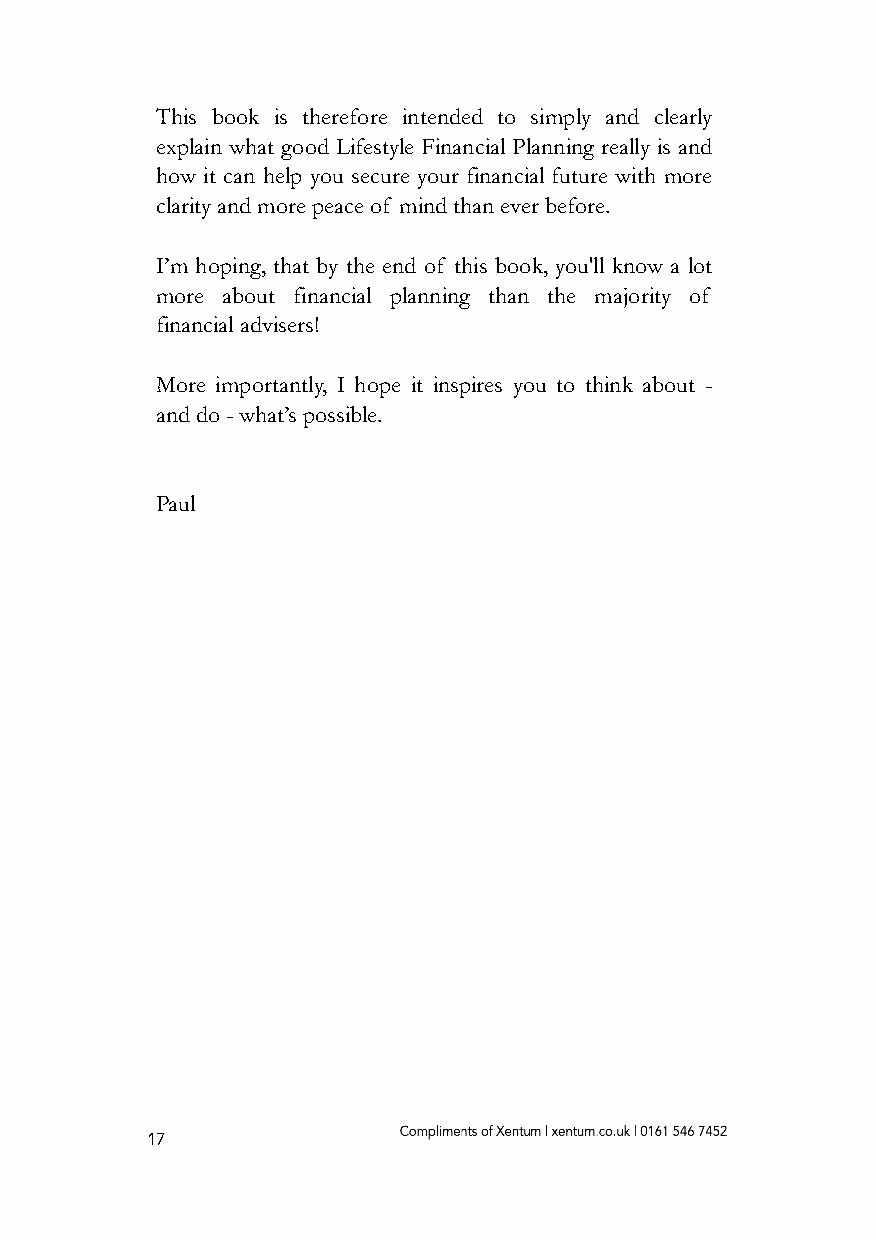
This book is therefore intended to simply and clearly
 explain what good Lifestyle Financial Planning really is and
 how it can help you secure your financial future with more
 clarity and more peace of mind than ever before.
 I’m hoping, that by the end of this book, you'll know a lot
 more about financial planning than the majority of
 financial advisers!
 More importantly, I hope it inspires you to think about -
 and do - what’s possible.
 Paul
 17